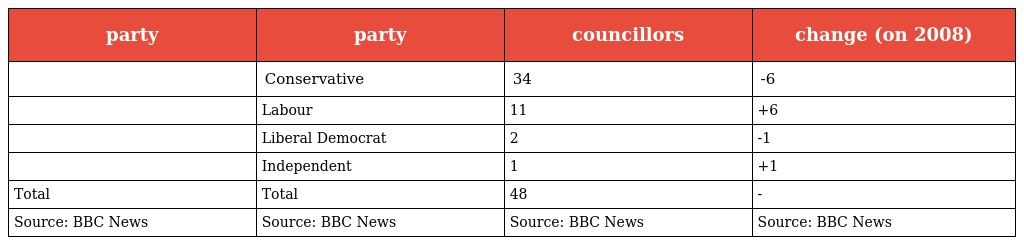
| party | party | councillors | change (on 2008) |
 | --- | --- | --- | --- |
 |  | Conservative | 34 | -6 |
 |  | Labour | 11 | +6 |
 |  | Liberal Democrat | 2 | -1 |
 |  | Independent | 1 | +1 |
 | Total | Total | 48 | - |
 | Source: BBC News | Source: BBC News | Source: BBC News | Source: BBC News |